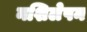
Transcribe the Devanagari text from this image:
नशिलेपन